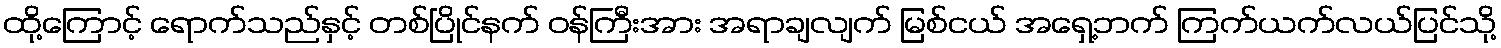
ထို့ကြောင့် ရောက်သည်နှင့် တစ်ပြိုင်နက် ဝန်ကြီးအား အရာချလျက် မြစ်ငယ် အရှေ့ဘက် ကြက်ယက်လယ်ပြင်သို့